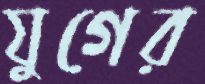
যুগের